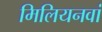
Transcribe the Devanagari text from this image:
मिलियनवां